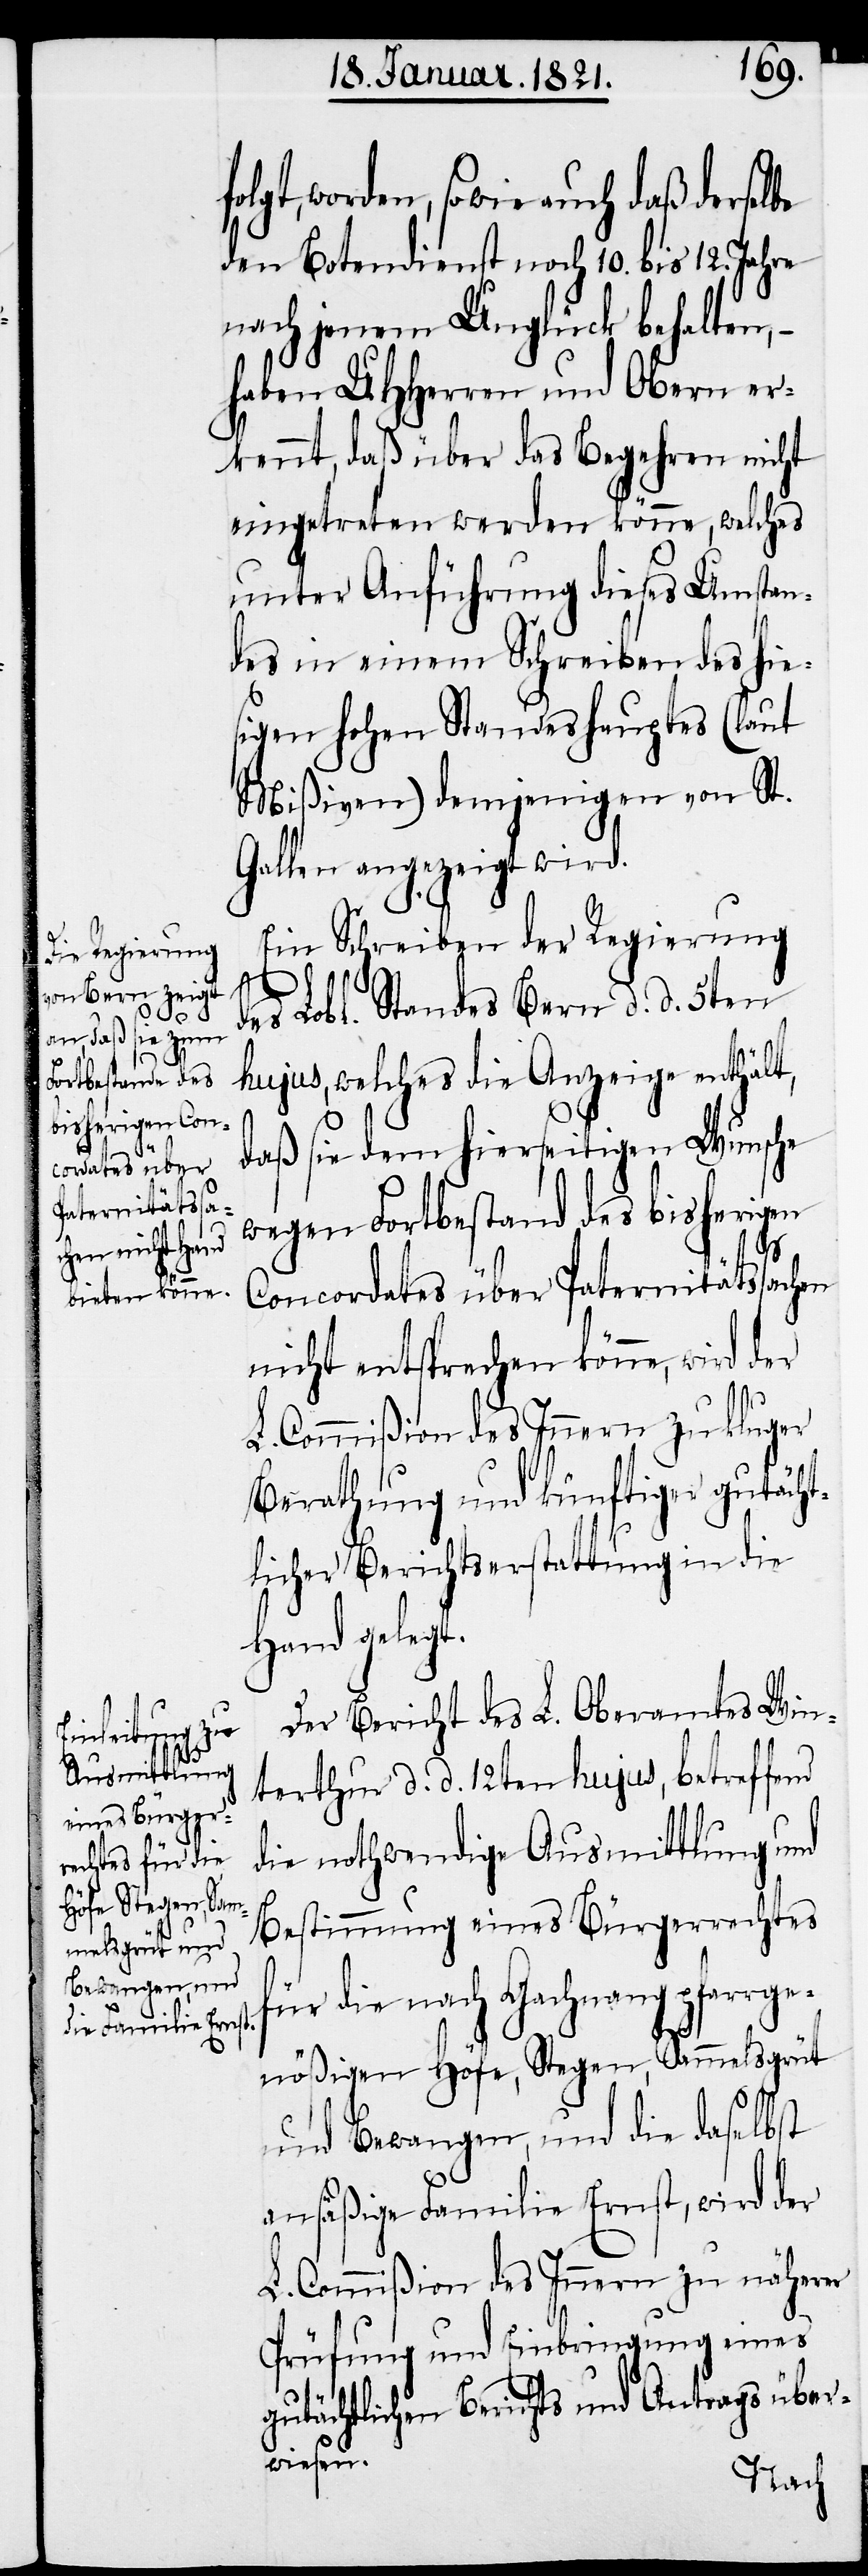
folgt worden, sowie auch daß derselbe
den Botendienst noch 10. bis 12. Jahre
nach jenem Unglück behalten,
haben UHHerren und Obern er¬
kennt, daß über das Begehren nicht
eingetreten werden könne, welches
unter Anführung dieses Umstan¬
des in einem Schreiben des hie¬
sigen hohen Standeshauptes (laut
Mißiven) demjenigen von St.
Gallen angezeigt wird.
Ein Schreiben der Regierung
des Lobl. Standes Bern d. d. 5ten
hujus, welches die Anzeige enthält,
daß sie dem hierseitigen Wunsche
wegen Fortbestand des bisherigen
Concordates über Paternitätssachen
nicht entsprechen könne, wird der
L. Commißion des Innern zu kluger
Berathung und künftiger gutächt¬
licher Berichtserstattung in die
Hand gelegt.
Der Bericht des L. Oberamtes Win¬
terthur d. d. 12ten hujus, betreffend
die nothwendige Ausmittlung und
Bestimmung eines Bürgerrechtes
für die nach Gachnang pfarrge¬
nößischen Höfe, Stegen, Sammelsgrüt
und Bewangen, und die daselbst
ansäßige Familie Ernst, wird der
L. Commißion des Innern zu näherer
Prüfung und Einbringung eines
gutächtlichen Berichts und Antrags über¬
wiesen.